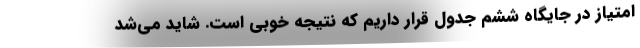
امتیاز در جایگاه ششم جدول قرار داریم که نتیجه خوبی است. شاید می‌شد